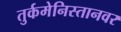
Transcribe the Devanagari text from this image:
तुर्कमेनिस्तानवर